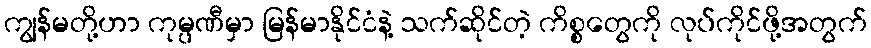
ကျွန်မတို့ဟာ ကုမ္ပဏီမှာ မြန်မာနိုင်ငံနဲ့ သက်ဆိုင်တဲ့ ကိစ္စတွေကို လုပ်ကိုင်ဖို့အတွက်